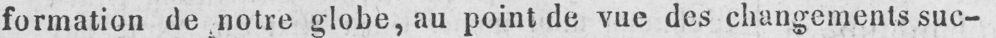
formation de notre globe, au point de vue des changements suc-